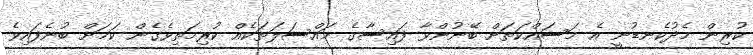
ކުރިން މެދުކެނޑުނީ އެ މަސައްކަތަށް ބޭނުންވާ ފައިސާގެ މައްސަލަތަކެއް ކުރިމަތިވެގެން ކަމަށް ބުނެފައިވެ